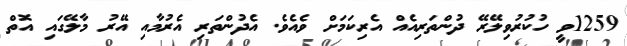
1259ވީ ހުކުރުވިލޭރޭ ދުންތަރިއެއް އެރިކަމަށް ވެއެވެ. އެދުންތަރި އެރުމާއި އޭރު މާލޭގައި އޮތް